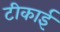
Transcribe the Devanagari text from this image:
टीकाई